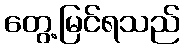
တွေ့မြင်ရသည်